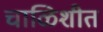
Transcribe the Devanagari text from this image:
चाळिशीत